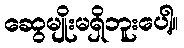
ဆွေမျိုးမရှိဘူးပေါ့။